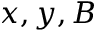
x , y , B